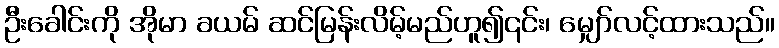
ဦးခေါင်းကို အိုမာ ခယမ် ဆင်မြန်းလိမ့်မည်ဟူ၍၎င်း၊ မျှော်လင့်ထားသည်။